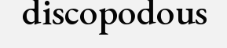
discopodous